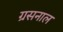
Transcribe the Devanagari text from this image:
ग्रसनाल